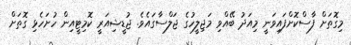
މިގޮތަށް ފާސްކޮށްފައިވަނީ މިއަދު ބޭއްވި މަޖިލީހުގެ ޖަލްސާގައެވެ. ޖުޑީޝިއަރީ ކޮމިޓީއިން ހުށަހެޅި ގޮތަށް